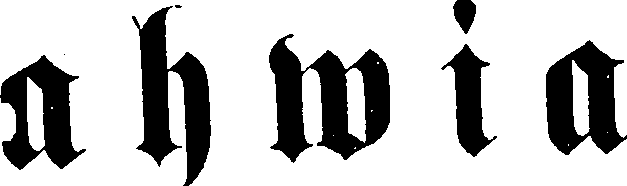
ahwia